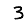
Digit: 3